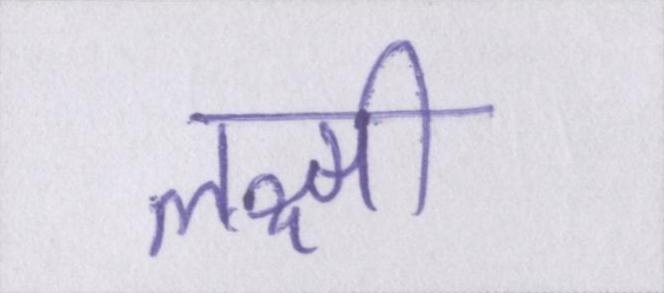
लक्ष्मी